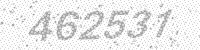
Solution: 462531